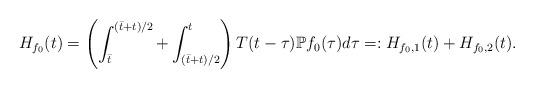
LaTeX: \begin{align*}H_{f_0}(t)=\left(\int_{\bar t}^{(\bar t+t)/2}+\int_{(\bar t+t)/2}^t\right)T(t-\tau)\mathbb Pf_0(\tau) d\tau=:H_{f_0,1}(t)+H_{f_0,2}(t).\end{align*}